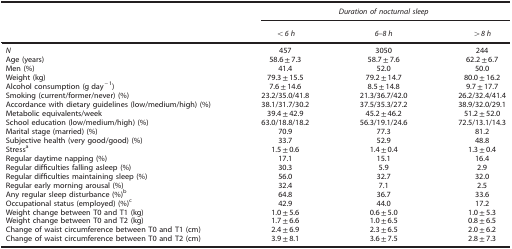
<table><thead><tr><td><b> </b></td><td colspan="3"><b><i>Duration of nocturnal sleep</i></b></td></tr><tr><td><b> </b></td><td><b><i>&lt;6 h</i></b></td><td><b><i>6–8 h</i></b></td><td><b><i>&gt;8 h</i></b></td></tr></thead><tbody><tr><td><i>N</i></td><td>457</td><td>3050</td><td>244</td></tr><tr><td>Age (years)</td><td>58.6±7.3</td><td>58.7±7.6</td><td>62.2±6.7</td></tr><tr><td>Men (%)</td><td>41.4</td><td>52.0</td><td>50.0</td></tr><tr><td>Weight (kg)</td><td>79.3±15.5</td><td>79.2±14.7</td><td>80.0±16.2</td></tr><tr><td>Alcohol consumption (g day<sup>−1</sup>)</td><td>7.6±14.6</td><td>8.5±14.8</td><td>9.7±17.7</td></tr><tr><td>Smoking (current/former/never) (%)</td><td>23.2/35.0/41.8</td><td>21.3/36.7/42.0</td><td>26.2/32.4/41.4</td></tr><tr><td>Accordance with dietary guidelines (low/medium/high) (%)</td><td>38.1/31.7/30.2</td><td>37.5/35.3/27.2</td><td>38.9/32.0/29.1</td></tr><tr><td>Metabolic equivalents/week</td><td>39.4±42.9</td><td>45.2±46.2</td><td>51.2±52.0</td></tr><tr><td>School education (low/medium/high) (%)</td><td>63.0/18.8/18.2</td><td>56.3/19.1/24.6</td><td>72.5/13.1/14.3</td></tr><tr><td>Marital stage (married) (%)</td><td>70.9</td><td>77.3</td><td>81.2</td></tr><tr><td>Subjective health (very good/good) (%)</td><td>33.7</td><td>52.9</td><td>48.8</td></tr><tr><td>Stressa</td><td>1.5±0.6</td><td>1.4±0.4</td><td>1.3±0.4</td></tr><tr><td>Regular daytime napping (%)</td><td>17.1</td><td>15.1</td><td>16.4</td></tr><tr><td>Regular difficulties falling asleep (%)</td><td>30.3</td><td>5.9</td><td>2.9</td></tr><tr><td>Regular difficulties maintaining sleep (%)</td><td>56.0</td><td>32.7</td><td>32.0</td></tr><tr><td>Regular early morning arousal (%)</td><td>32.4</td><td>7.1</td><td>2.5</td></tr><tr><td>Any regular sleep disturbance (%)b</td><td>64.8</td><td>36.7</td><td>33.6</td></tr><tr><td>Occupational status (employed) (%)c</td><td>42.9</td><td>44.0</td><td>17.2</td></tr><tr><td>Weight change between T0 and T1 (kg)</td><td>1.0±5.6</td><td>0.6±5.0</td><td>1.0±5.3</td></tr><tr><td>Weight change between T0 and T2 (kg)</td><td>1.7±6.6</td><td>1.0±6.5</td><td>0.8±6.5</td></tr><tr><td>Change of waist circumference between T0 and T1 (cm)</td><td>2.4±6.9</td><td>2.3±6.5</td><td>2.0±6.2</td></tr><tr><td>Change of waist circumference between T0 and T2 (cm)</td><td>3.9±8.1</td><td>3.6±7.5</td><td>2.8±7.3</td></tr></tbody></table>